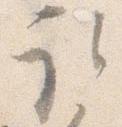
取